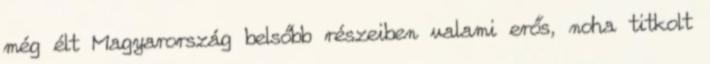
még élt Magyarország belsőbb részeiben valami erős, noha titkolt